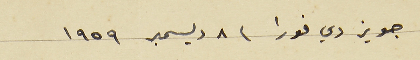
جويز دي فورا  ٨ ديسمبر ١٩٥٩